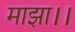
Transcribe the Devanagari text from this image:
माझा।।